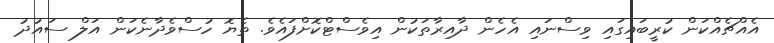
އެއްޗެއްކަން ކުރީބައިގައި ވިސްނައި އެހެން ދާއިރާތަކުން އިވެސްޓްކޮށްފައެވެ. ތެޔޮ ހުސްވެދާނެކަން އަލް ސައުދު